Report on the administration of the Government Cinchona Department 1892-98
Year: 1892
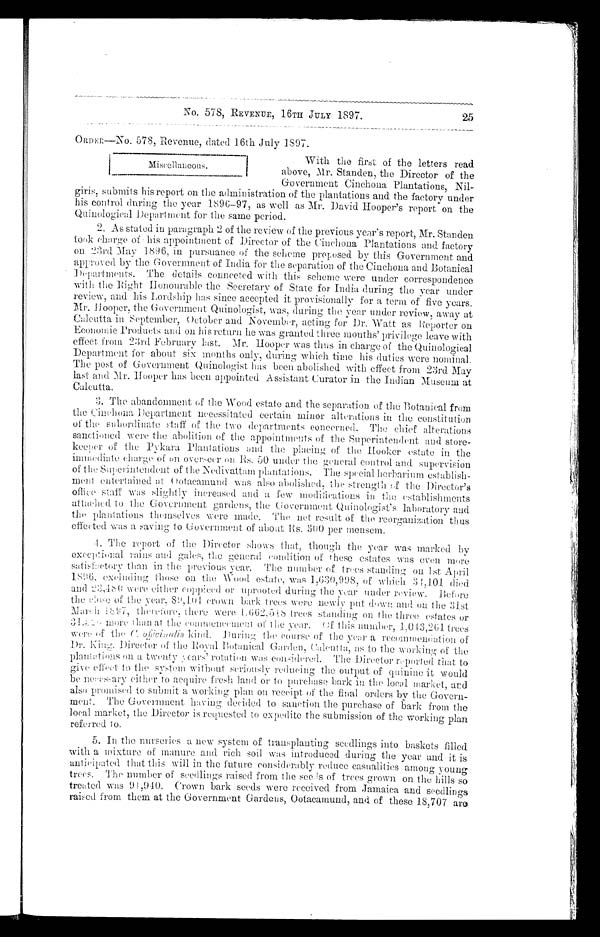
No. 578, REVENUE, 16TH JULY 1897.
ORDER—No. 578, Revenue, dated 16th July 1897.
25
Miscellaneous.
With the first of the letters read
above, Mr. Standen, the Director of the
Government Cinchona Plantations, Nil-
girls, submits his report on the administration of the plantations and the factory under
his control daring the year 1896–97, as well as Mr. David Hooper's report on the
Q u i n o l o g i c a l D e p a r t m e n t f o r t h e s a m e p e r i o d .
2. As stated in paragraph 2 of the review of the previous year's report, Mr. Standen
took charge of his appointment of Director of the Cinchona Plantations and factory
on 23rd May 1896, in pursuance of the scheme proposed by this Government and
approved by the Government of India for the separation of the Cinchona and Botanical
Departments. The details connected with this scheme were under correspondence
with the Piglit Honourable the Secretary of State for India during the year under
review, and his Lordship has since accepted it provisionally for a term of five years.
Mr. Hooper, the Government Quinologist, was, during the year under review, away at
Calcutta in September, October and November, acting for Dr. Watt as Reporter on
Economic Products and on his return he was granted three months' privilege leave with
effect from 23rd February last. Mr. Hooper was thus in charge of the Quinological
Department for about six months only, during which time his duties were nominal.
The post of Government Quinologist has been abolished with effect from 23rd May
last and Mr. Hooper has been appointed Assistant Curator in the Indian Museum at
Calcutta.
3. The abandonment of the Wood estate and the separation of the Botanical from
the Cinchona Department necessitated certain minor alterations in the constitution
of the subordinate staff of two departments concerned. The chief alterations
sanctioned were the abolition of the appointments of the Superintendent and store-
keeper of the Pykara Plantations and the placing of the Hooker estate in the
immediate charge of an overseer on Rs. 50 under the general control and supervision
of the Superintendent of the Nedivattam plantations. The special. herbarium establish-
ment entertained at Ootacamund was also abolished, the strength of the Director's
office staff was slightly increased and a few modifications in the establishments
attached to the Government gardens, the Government Quinologist's laboratory and
the plantations themselves were made. The net result of the reorganization thus
effected was a saving to Government of about Rs. 300 per mensem.
4. The report of the Director shows that, though the year was marked by
exceptional rains and gales, the general condition of these estates was even more
satisfactory than in the previous year. The number
of trees standing on 1st April
1896, excluding those on the Wood estate, was 1,630,998, of which 31,101
d i e d a n d 2 3 , 4 8 0 w e r e e i t h e r c o p p i c e d o r u p r o o t e d d u r i n g t h e y e a r u n d e r r e v i e w .
Before the of the year, 89,101 crown bark. trees were newly put down and on the 31st
March 1897, therefore there were 1,662,518 trees standing on the three estates or
31, more than at the commencement of the year. Of this number, 1,043,261 trees
were of the
C .
o f f i c i a l i s
k i n d . D u r i n g t h e c o u r s e o f t h e y e a r a r e c o m m e n d a t i o n o f D r . K i n g . D i r e c t o r o f t h e R o y a l B o t a n i c a l G a r d e n , G a l e n t t a , a s t o t h e w o r k i n g o f t h e p l a n t a t i o n s o n a t w e n t y y e a r s ' r o t a t i o n w a s c o n s i d e r e d . T h e D i r e c t o r r e p o r t e d t h a t t o
give effect to the system without seriously reducing the output of quinine it would
be necessary either to aequire fresh. land or to purchase bark in the local market, and
also Premised to submit a working plan on receipt of the final orders by the Govern-
ment. The Government having decided. to sanction the purchase of bark from the
local market, the Director is requested to expedite the submission of the working plan
referred to.
5. In the nurseries a new system of transplanting seedlings into baskets filled
with a mixture of immure and rich soil was introduced during the year and it is
anticipated that this will in the future considerably reduce casualities among young
trees. The number of seedlings raised from the seeds of trees grown on the hills so
treated was 91,940. Crown bark seeds were received from Jamaica and seedlings
rais ed from them at the Government Gardens, Ootacamund, and of these 18,707 are